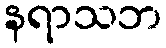
နရာသဘ